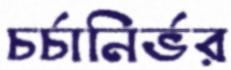
চর্চানির্ভর